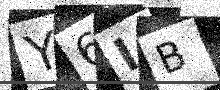
Text: Y6IB